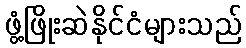
ဖွံ့ဖြိုးဆဲနိုင်ငံများသည်